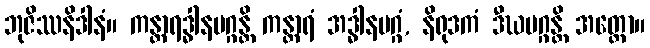
ဘုဇိဿနိဒါနံ။ ကန္တာရဒ္ဓါနမဂ္ဂန္တိ ကန္တာရံ အဒ္ဓါနမဂ္ဂံ, နိရုဒကံ ဒီဃမဂ္ဂန္တိ အတ္ထော။